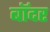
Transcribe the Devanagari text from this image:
बॉदर